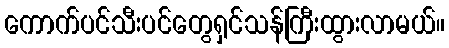
ကောက်ပင်သီးပင်တွေရှင်သန်ကြီးထွားလာမယ်။